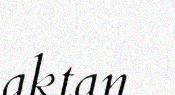
aktan